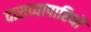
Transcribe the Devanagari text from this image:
दासव्यापारियों